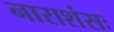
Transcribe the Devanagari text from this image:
नाराशंसः